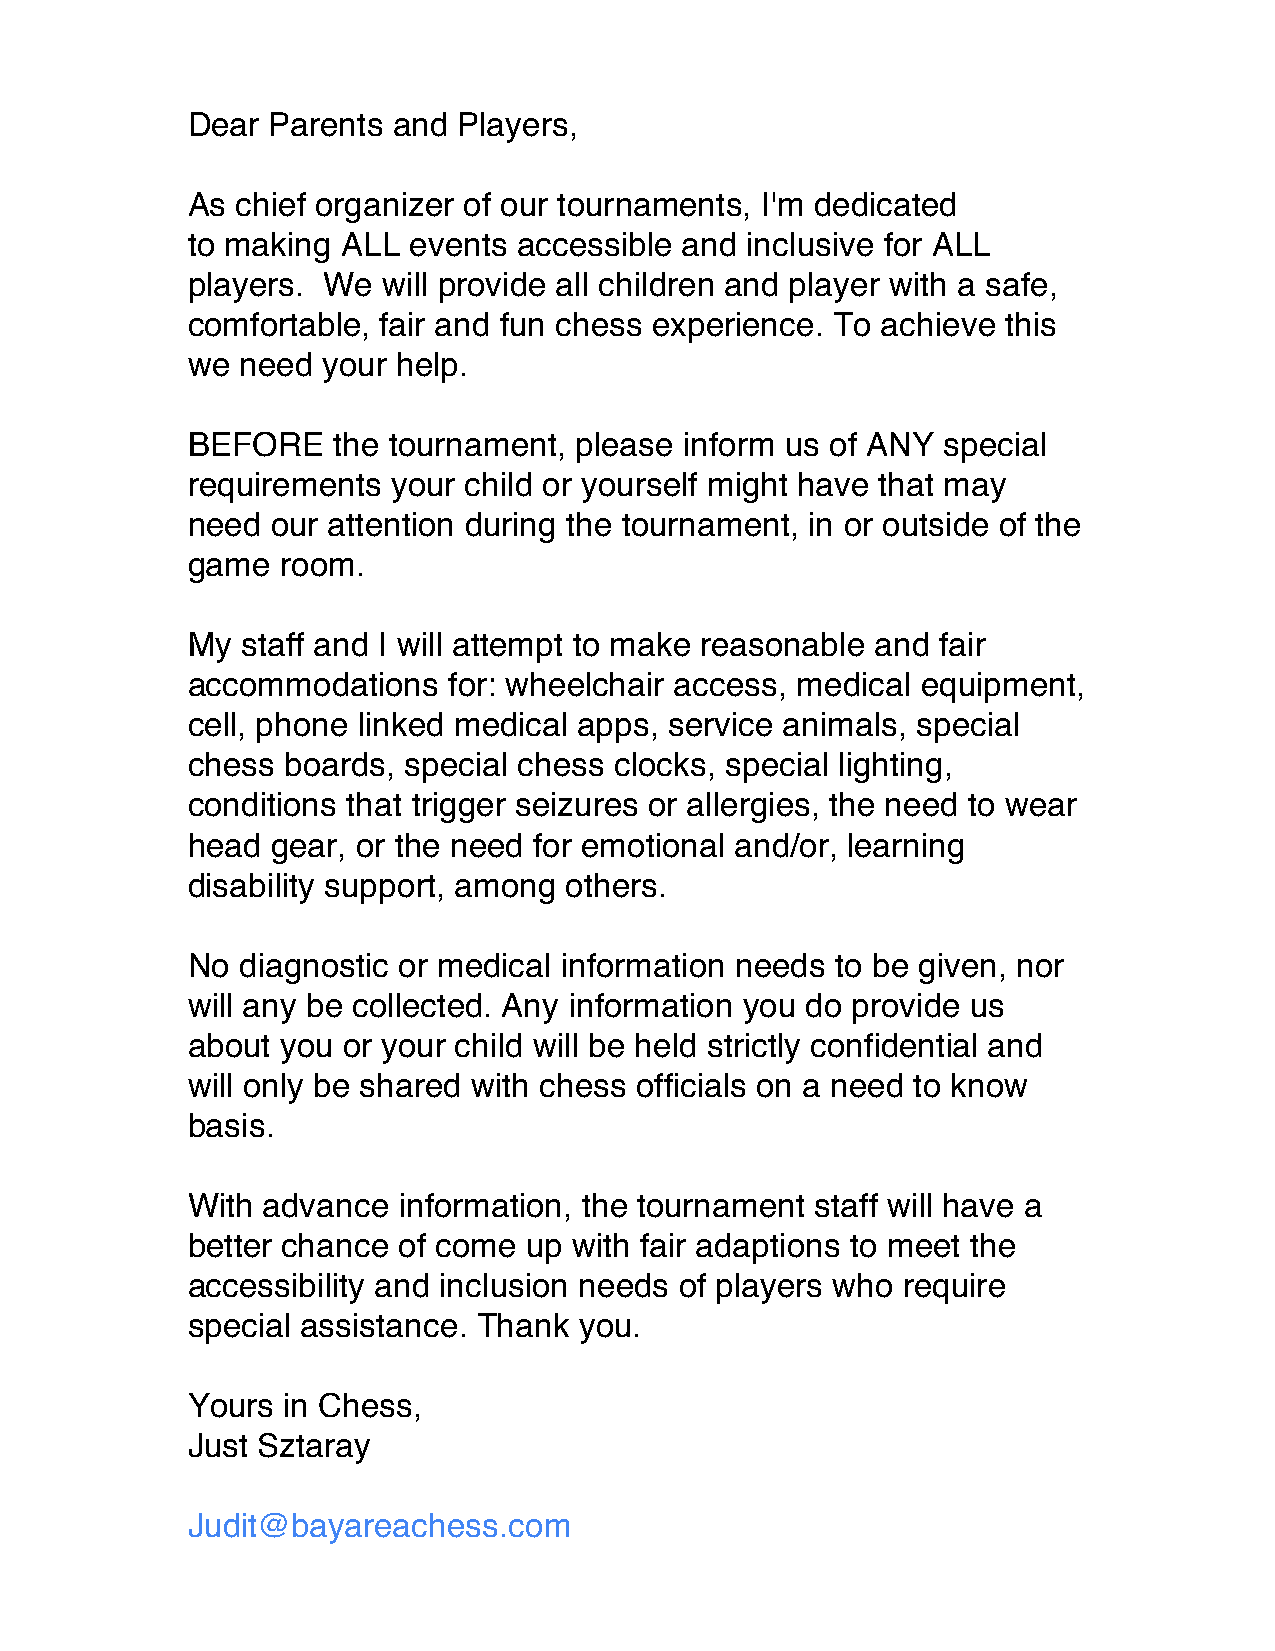
Dear  Parents and Players,
 As  chief organizer of our tournaments, I'm dedicated
 to making  ALL events accessible and inclusive for ALL
 players. We  will provide all children and player with a safe,
 comfortable, fair and fun chess experience. To achieve this
 we  need your help.
 BEFORE    the tournament, please inform us of ANY special
 requirements  your child or yourself might have that may
 need  our attention during the tournament, in or outside of the
 game   room.
 My  staff and I will attempt to make reasonable and fair
 accommodations    for: wheelchair access, medical equipment,
 cell, phone linked medical apps, service animals, special
 chess  boards, special chess clocks, special lighting,
 conditions that trigger seizures or allergies, the need to wear
 head  gear, or the need for emotional and/or, learning
 disability support, among others.
 No  diagnostic or medical information needs to be given, nor
 will any be collected. Any information you do provide us
 about  you or your child will be held strictly confidential and
 will only be shared with chess officials on a need to know
 basis.
 With advance  information, the tournament staff will have a
 better chance of come  up with fair adaptions to meet the
 accessibility and inclusion needs of players who require
 special assistance. Thank you.
 Yours  in Chess,
 Just Sztaray
 Judit@bayareachess.com